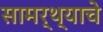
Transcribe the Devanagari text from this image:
सामर्थ्याचे